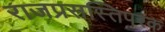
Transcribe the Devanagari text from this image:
राजप्रसस्तिपरक